King Institute of Preventive Medicine Micro-Biological Section reports 1912-19
Year: 1912
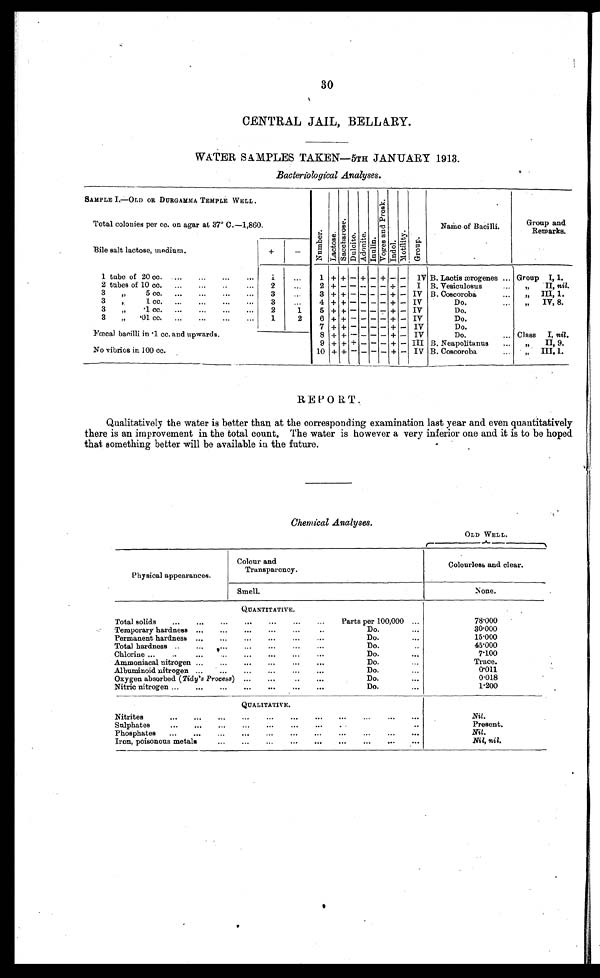
30
CENTRAL JAIL, BELLARY.
WATER SAMPLES TAKEN—5TH JANUARY 1913.
Bacteriological Analyses.
SAMPLE I.—OLD OR DURGAMMA TEMPLE WELL.
N u m b e r .
L a c t o s e .
S a c c h a r o s e .
D u l c i t e . A d o n i t e .
I n u l i n .
V o g e s a n d P r o s k .
I n d o l .
M o t i l i t y .
G r o u p .
Name of Bacilli.
Group and
Remarks.
Total colonies per cc. on agar at 37° C.—1,860.
Bile salt lactose, medium.
+
-
1 + + - + - + - - IV B. Lactis ærogenes
Group I, 1.
1 tube of 20 cc.
...
...
...
...
1
...
2 tubes of 10 cc.
...
...
..
...
2
2 + - - - - - + - I B. Vesiculosus
,,
II, nil.
3
„
5 cc.
...
...
...
...
3
.,.
3 + + - - - - + - IV B. Coscoroba
III, 1.
3
,.
l cc.
...
..
...
3
...
4 + + - - - - + - IV
Do.
IV, 8.
3
„
.1 cc.
...
...
...
...
2
1
5
+ + - - - - +
- IV
Do.
3
„
. 0 1
c c .
. . .
. . .
. . .
. . .
1
2
6 + +
- - - - + - IV
Do.
7
+ + - - - - + - IV
Do.
Fœcal bacilli in .1 cc. and upwards.
No vibrios in 100 cc.
8 + + - - - - + - IV
Do.
... Class
I, nil.
9 + + + - - - + - III B. Neapolitanus
„
II, 9.
10 + +
- - - - + - IV B. Coscoroba
III, 1.
REPORT.
Qualitatively the water is better than at the corresponding examination last year and even quantitatively
there is an improvement in the total count. The water is however a very inferior one and it is to be hoped
that something better will be available in the future.
Chemical Analyses.
OLD WELL.
Physical appearances.
Colour and
Transparency.
Colourless and clear.
Smell.
None.
QUANTITATIVE.
Total solids
...
...
...
...
Parts per 100,000 ...
78.000
Temporary hardness ...
...
..
...
...
..
Do....
30.000
Permanent hardness ...
...
...
...
...
Do....
15.000
Total hardness ..
...
..
...
...
...
Do.
45.000
Chlorine ...
...
...
...
Do.
...
7.100
Ammoniacal nitrogen ...
...
...
...
. . .
Do.
Trace.
Albuminoid nitrogen ...
...
...
...
Do.
...
0.011
Oxygen absorbed ( Tidy's Process) ...
...
...
Do.
...
0.018
Nitric nitrogen ...
...
...
...
Do.
1.200
QUALITATIVE.
Nitrites
...
...
...
...
...
...
...
...
...
Nil.
Sulphates
...
...
...
...
...
...
...
Present.
Phosphates ...
...
...
...
...
...
.
...
Nil.
Iron, poisonous metals...
. . .
...
...
Nil, nil.